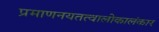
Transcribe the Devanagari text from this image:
प्रमाणनयतत्वालोकालंकार